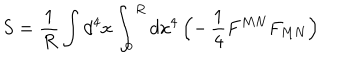
S = \frac { 1 } { R } \int d ^ { 4 } x \int _ { 0 } ^ { R } d x ^ { 4 } \, \Bigl ( - \, \frac { 1 } { 4 } F ^ { M N } F _ { M N } \Bigr )